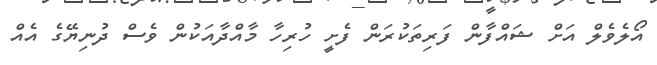
އޯލެވެލް އަށް ޝައްފާން ފަރިތަކުރަން ފެށީ ހުރިހާ މާއްދާއަކުން ވެސް ދުނިޔޭގެ އެއް